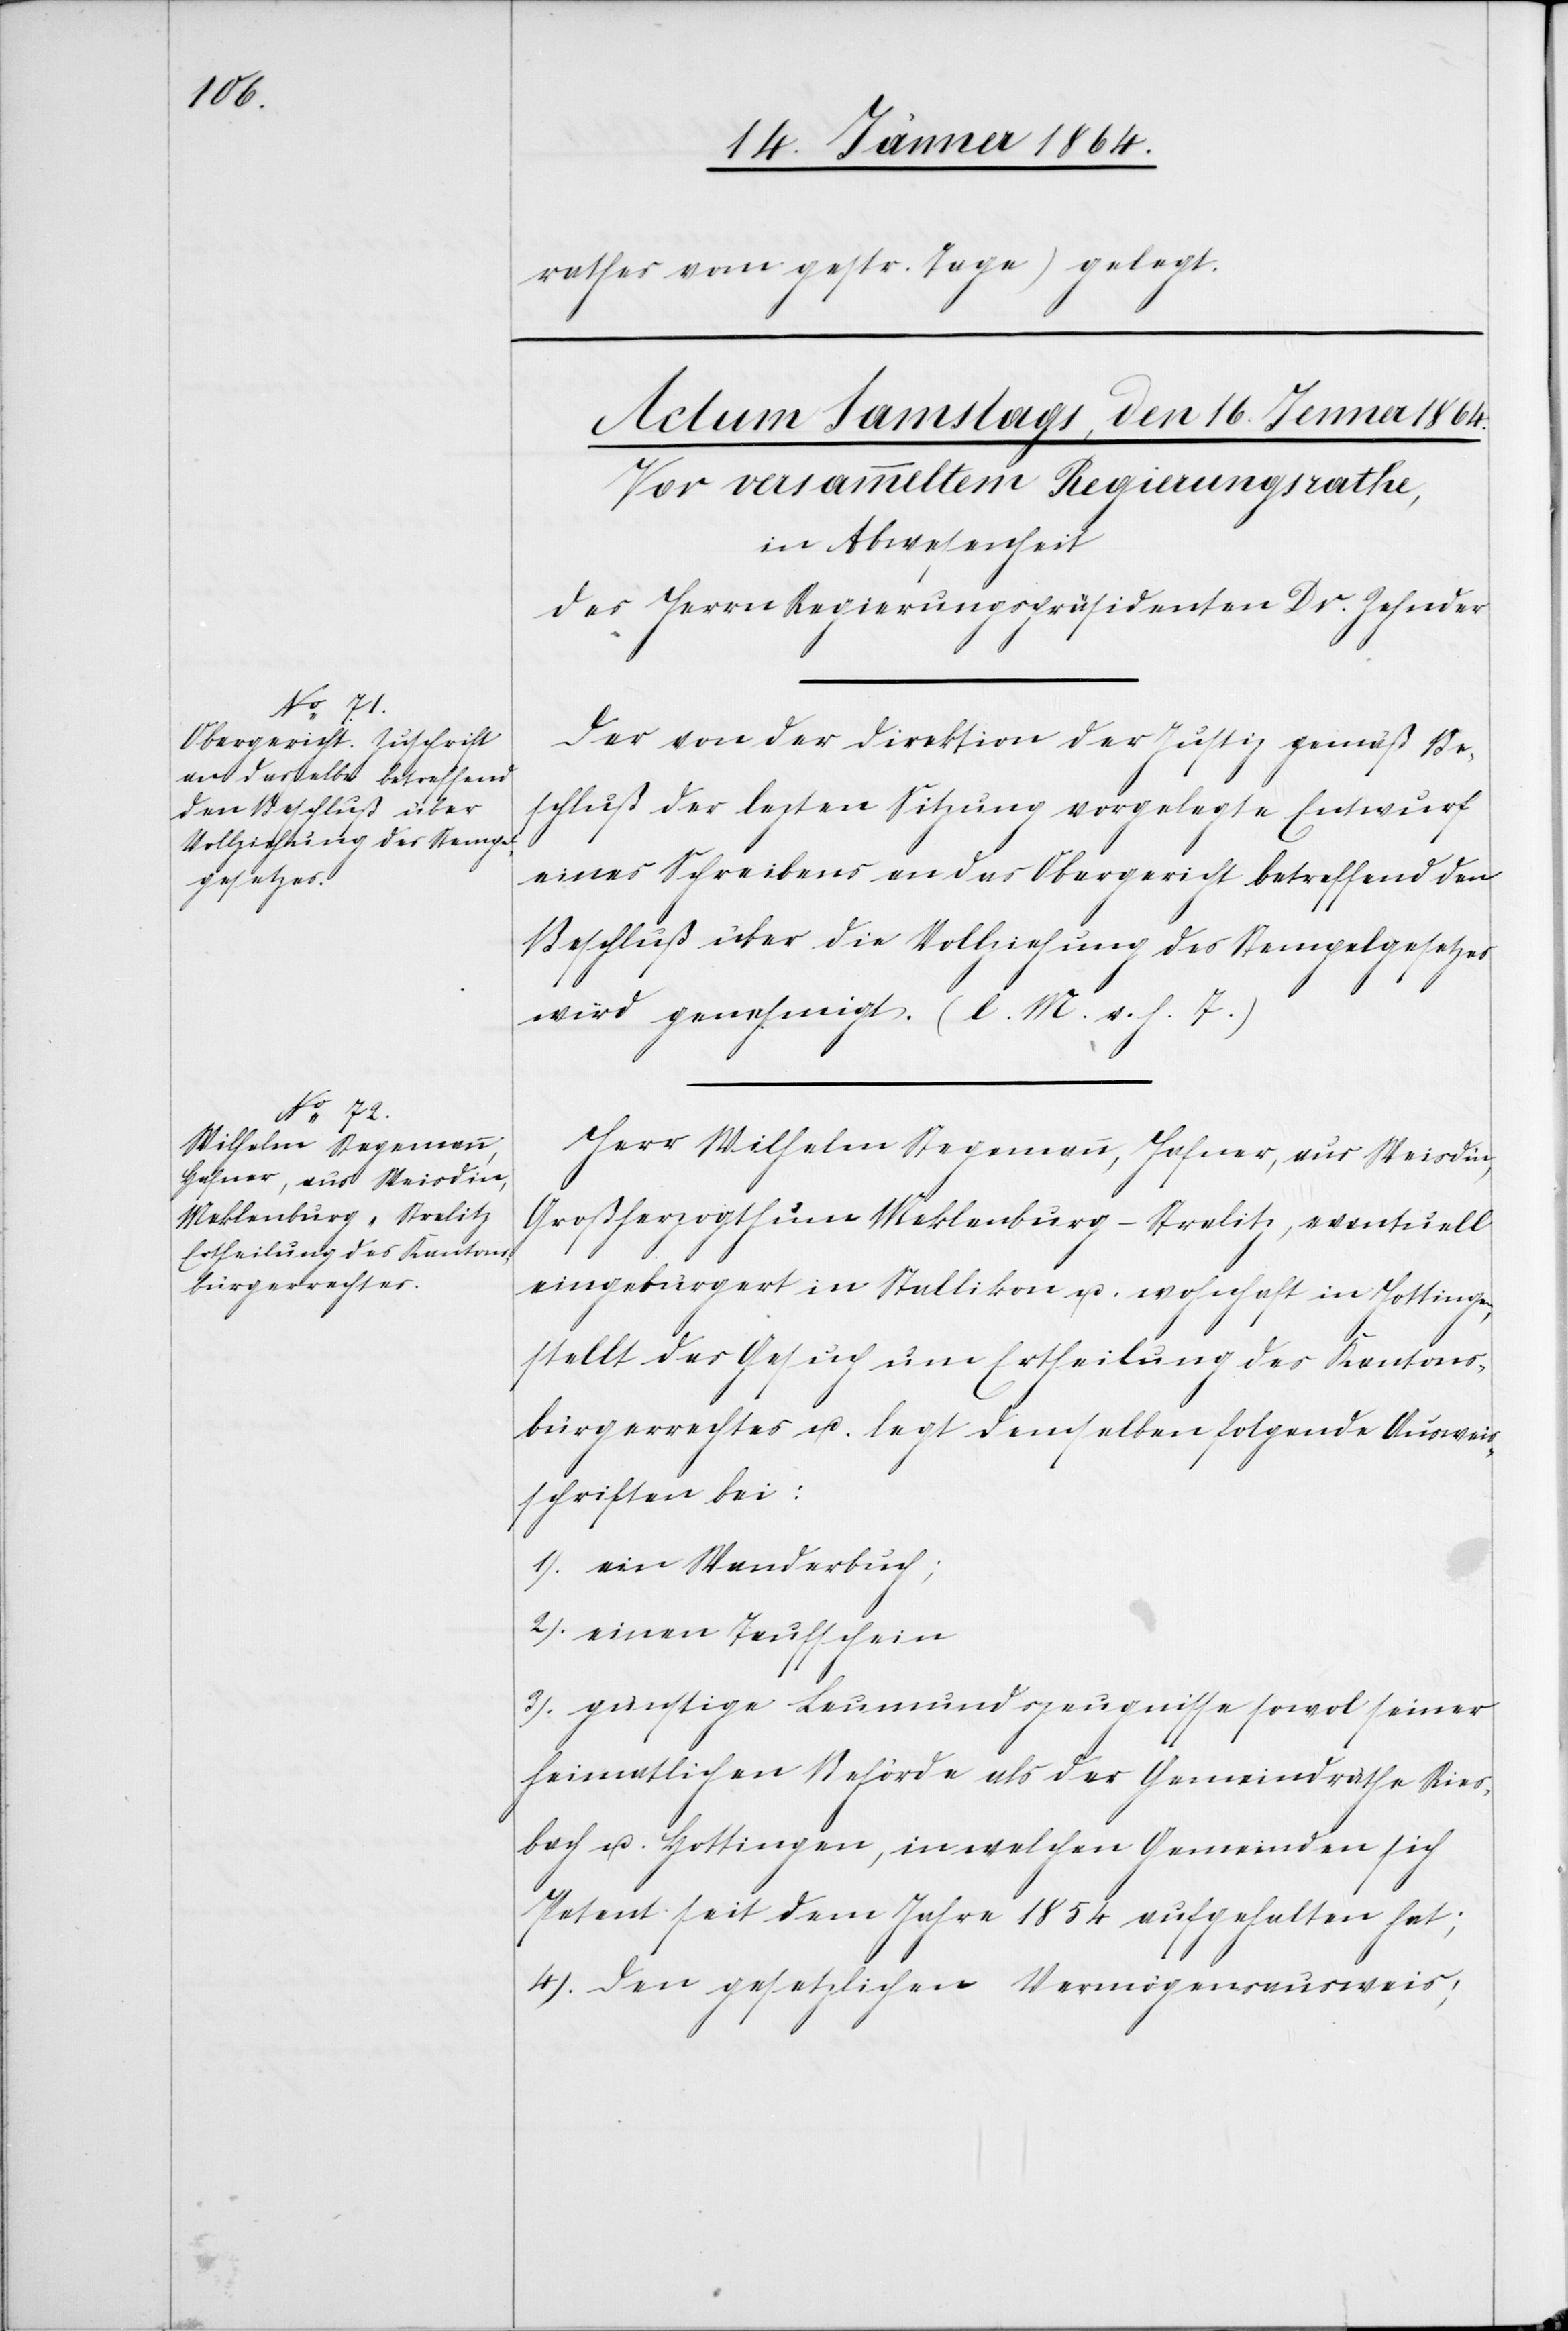
rathes vom gestr. Tage) gelegt.
Der von der Direktion der Justiz gemäß Be¬
schluß der lezten Sitzung vorgelegten Entwurf
eines Schreibens an das Obergericht betreffend den
Beschluß über die Vollziehung des Stempelgesetzes
wird genehmigt. (l. M. v. h. T.)
Herr Wilhelm Stegemann, Hafner, aus Weisdin,
Großherzogthum Meklenburg-Strelitz, eventuell
eingebürgert in Stallikon u. wohnhaft in Hottingen,
stellt das Gesuch um Ertheilung des Kantons¬
bürgerrechtes u. legt demselben folgende Auswei¬
sschriften bei:
1.) ein Standesbuch;
2.) einen Taufschein
3.) günstige Leumundszeugnisse sowol seiner
heimatlichen Behörde als der Gemeindräthe Ries¬
bach u. Hottingen, in welchen Gemeinden sich
Petent seit dem Jahre 1854 aufgehalten hat;
4.) den gesetzlichen Vermögensausweis;